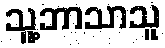
သူ့ဘာသာသူ